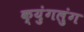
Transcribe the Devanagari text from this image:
क्युंगलुंग